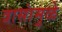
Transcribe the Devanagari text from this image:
त्रासांमुळे